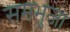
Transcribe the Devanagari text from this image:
समभुजा